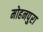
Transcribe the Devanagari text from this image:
मोहनपुरा